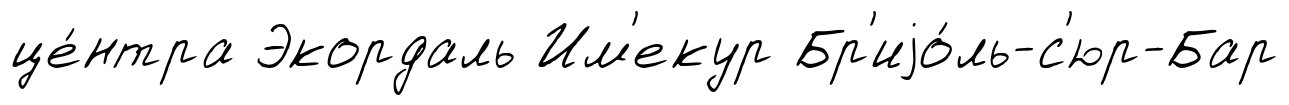
це́нтра Экордаль Им'екур Бр'иjо́ль-с'юр-Бар